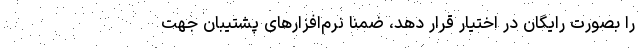
را بصورت رایگان در اختیار قرار دهد، ضمنا نرم‌افزارهای پشتیبان جهت